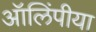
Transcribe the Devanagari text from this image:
ऑलिंपीया